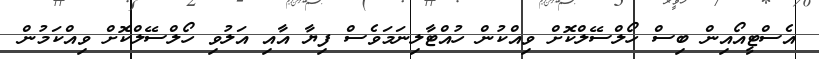
އެސްޓީއޯއިން ބިސް ހޯލްސޭލްކޮށް ވިއްކުން ހުއްޓާލިނަމަވެސް ފިޔާ އާއި އަލުވި ހޯލްސޭލްކޮށް ވިއްކަމުން